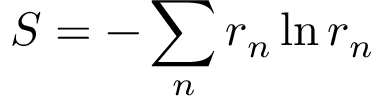
S = - \sum _ { n } r _ { n } \ln r _ { n }